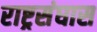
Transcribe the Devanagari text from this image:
राष्ट्रसंघास